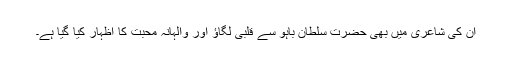
ان کی شاعری میں بھی حضرت سلطان باہو سے قلبی لگاؤ اور والہانہ محبت کا اظہار کیا گیا ہے۔